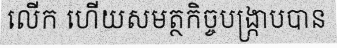
លើក ហើយសមត្ថកិច្ចបង្ក្រាបបាន